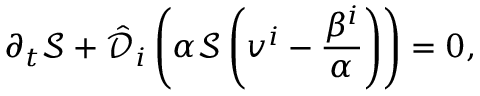
\partial _ { t } \mathcal { S } + \hat { \mathcal { D } } _ { i } \left( \alpha \mathcal { S } \left( v ^ { i } - \frac { \beta ^ { i } } { \alpha } \right) \right) = 0 ,